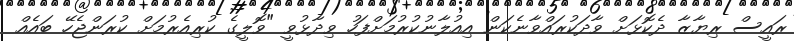
ރައީސް ރިޔާޒާ ދެކޮޅަށް ވާދަކުރައްވާނެކަން އިއުލާނުކުރުމަށްފަހު ވިދާޅުވީ "ވޮލީގެ ކުރިއެރުމަށް ކުރަންޖެހޭ ބައެއް